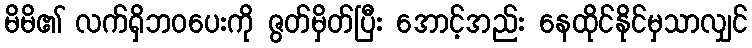
မိမိ၏ လက်ရှိဘဝပေးကို ဇွတ်မှိတ်ပြီး အောင့်အည်း နေထိုင်နိုင်မှသာလျှင်